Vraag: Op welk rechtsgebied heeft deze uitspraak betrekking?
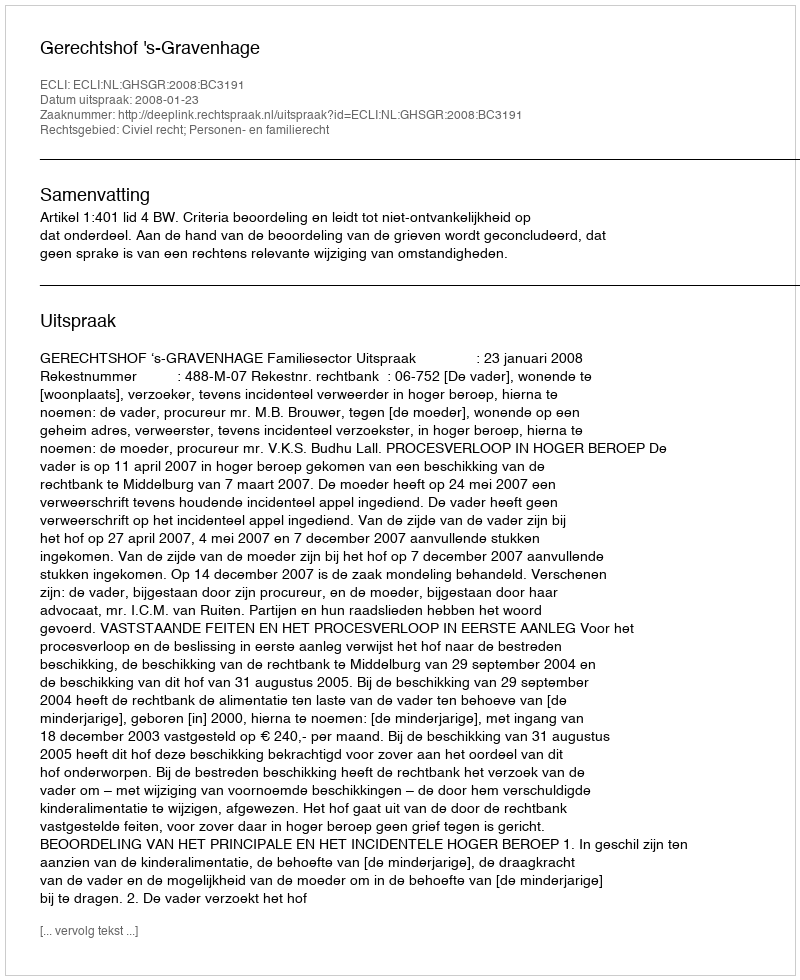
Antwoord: Civiel recht; Personen- en familierecht